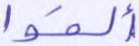
ألقوا